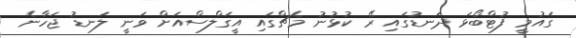
ގައުމީ ފުޓްބޯޅަ ދަނޑުގައި ރޭ ކުޅުނު މެޗްގައި އީގަލްސްއަށް ވަނީ ލަނޑު ޖަހާނެ